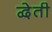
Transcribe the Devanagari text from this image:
द्वेती